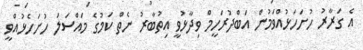
އެ ގަރާރު ހުށަހަޅުއްވަމުން އަބްދުރަހީމް ވިދާޅުވީ އިތުބާރު ނެތް ކަމުގެ މައްސަލަ ހުށަހެޅުއްވީ